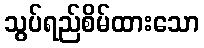
သွပ်ရည်စိမ်ထားသော